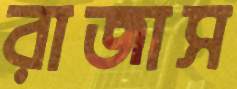
রাজাস